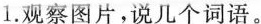
1.观察图片，说几个词语。